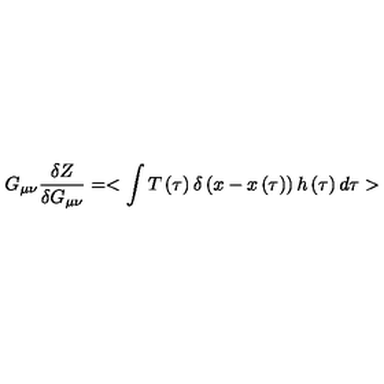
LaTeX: G _ { \mu \nu } { \frac { \delta Z } { \delta G _ { \mu \nu } } } = < \int { T \left( \tau \right) \delta \left( x - x \left( \tau \right) \right) h \left( \tau \right) d \tau } >